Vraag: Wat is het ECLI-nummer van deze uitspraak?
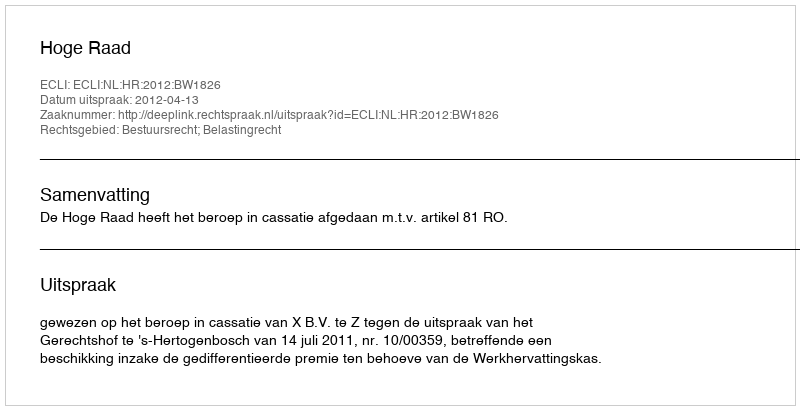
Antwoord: ECLI:NL:HR:2012:BW1826